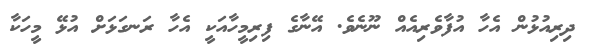
ދިރިއުޅުން އެހާ އުފާވެރިއެއް ނޫނެވެ. އޭނާގެ ފިރިމީހާއަކީ އެހާ ރަނގަޅަށް އުޅޭ މީހަކާ